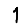
Digit: 1